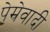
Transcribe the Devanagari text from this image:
पेम्रेवादी